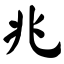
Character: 兆